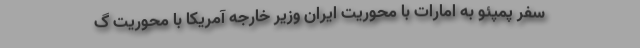
سفر پمپئو به امارات با محوریت ایران وزیر خارجه آمریکا با محوریت گ